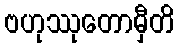
ဗဟုဿုတောမှီတိ